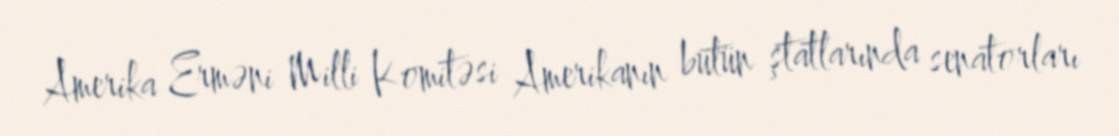
Amerika Erməni Milli Komitəsi Amerikanın bütün ştatlarında senatorları